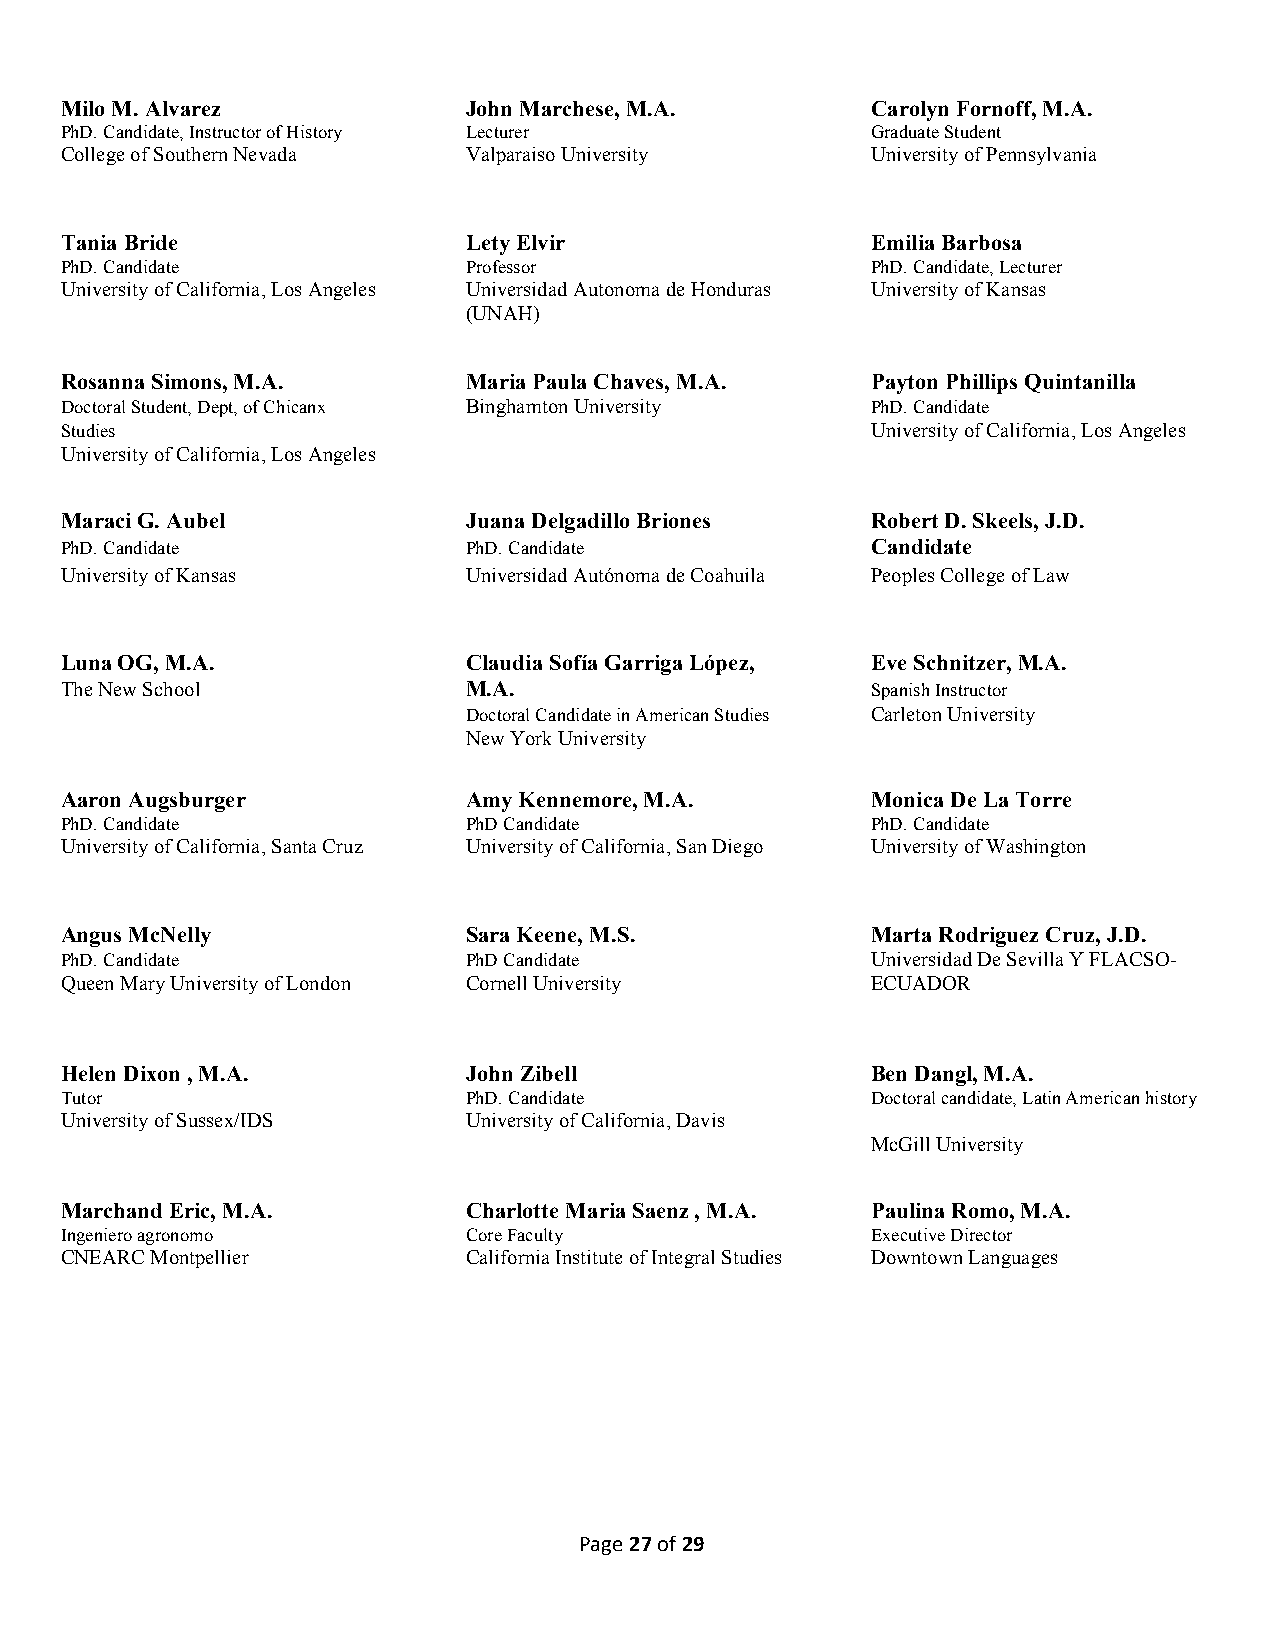
Milo M. Alvarez            John Marchese, M.A.        Carolyn Fornoff, M.A.
 PhD. Candidate, Instructor of History Lecturer        Graduate Student
 College of Southern Nevada Valparaiso University      University of Pennsylvania
 Tania Bride                Lety Elvir                 Emilia Barbosa
 PhD. Candidate             Professor                  PhD. Candidate, Lecturer
 University of California, Los Angeles Universidad Autonoma de Honduras University of Kansas
 (UNAH)
 Rosanna Simons, M.A.       Maria Paula Chaves, M.A.   Payton Phillips Quintanilla
 Doctoral Student, Dept, of Chicanx Binghamton University PhD. Candidate
 Studies                                               University of California, Los Angeles
 University of California, Los Angeles
 Maraci G. Aubel            Juana Delgadillo Briones   Robert D. Skeels, J.D.
 PhD. Candidate             PhD. Candidate             Candidate
 University of Kansas       Universidad Autónoma de Coahuila Peoples College of Law
 Luna OG, M.A.              Claudia Sofía Garriga López, Eve Schnitzer, M.A.
 The New School             M.A.                       Spanish Instructor
 Doctoral Candidate in American Studies Carleton University
 New York University
 Aaron Augsburger           Amy Kennemore, M.A.        Monica De La Torre
 PhD. Candidate             PhD Candidate              PhD. Candidate
 University of California, Santa Cruz University of California, San Diego University of Washington
 Angus McNelly              Sara Keene, M.S.           Marta Rodriguez Cruz, J.D.
 PhD. Candidate             PhD Candidate              Universidad De Sevilla Y FLACSO-
 Queen Mary University of London Cornell University    ECUADOR
 Helen Dixon , M.A.         John Zibell                Ben Dangl, M.A.
 Tutor                      PhD. Candidate             Doctoral candidate, Latin American history
 University of Sussex/IDS   University of California, Davis
 McGill University
 Marchand Eric, M.A.        Charlotte Maria Saenz , M.A. Paulina Romo, M.A.
 Ingeniero agronomo         Core Faculty               Executive Director
 CNEARC Montpellier         California Institute of Integral Studies Downtown Languages
 Page 27 of 29